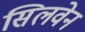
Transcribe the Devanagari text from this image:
सिलवेन